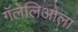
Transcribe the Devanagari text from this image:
गॅलेलिओला